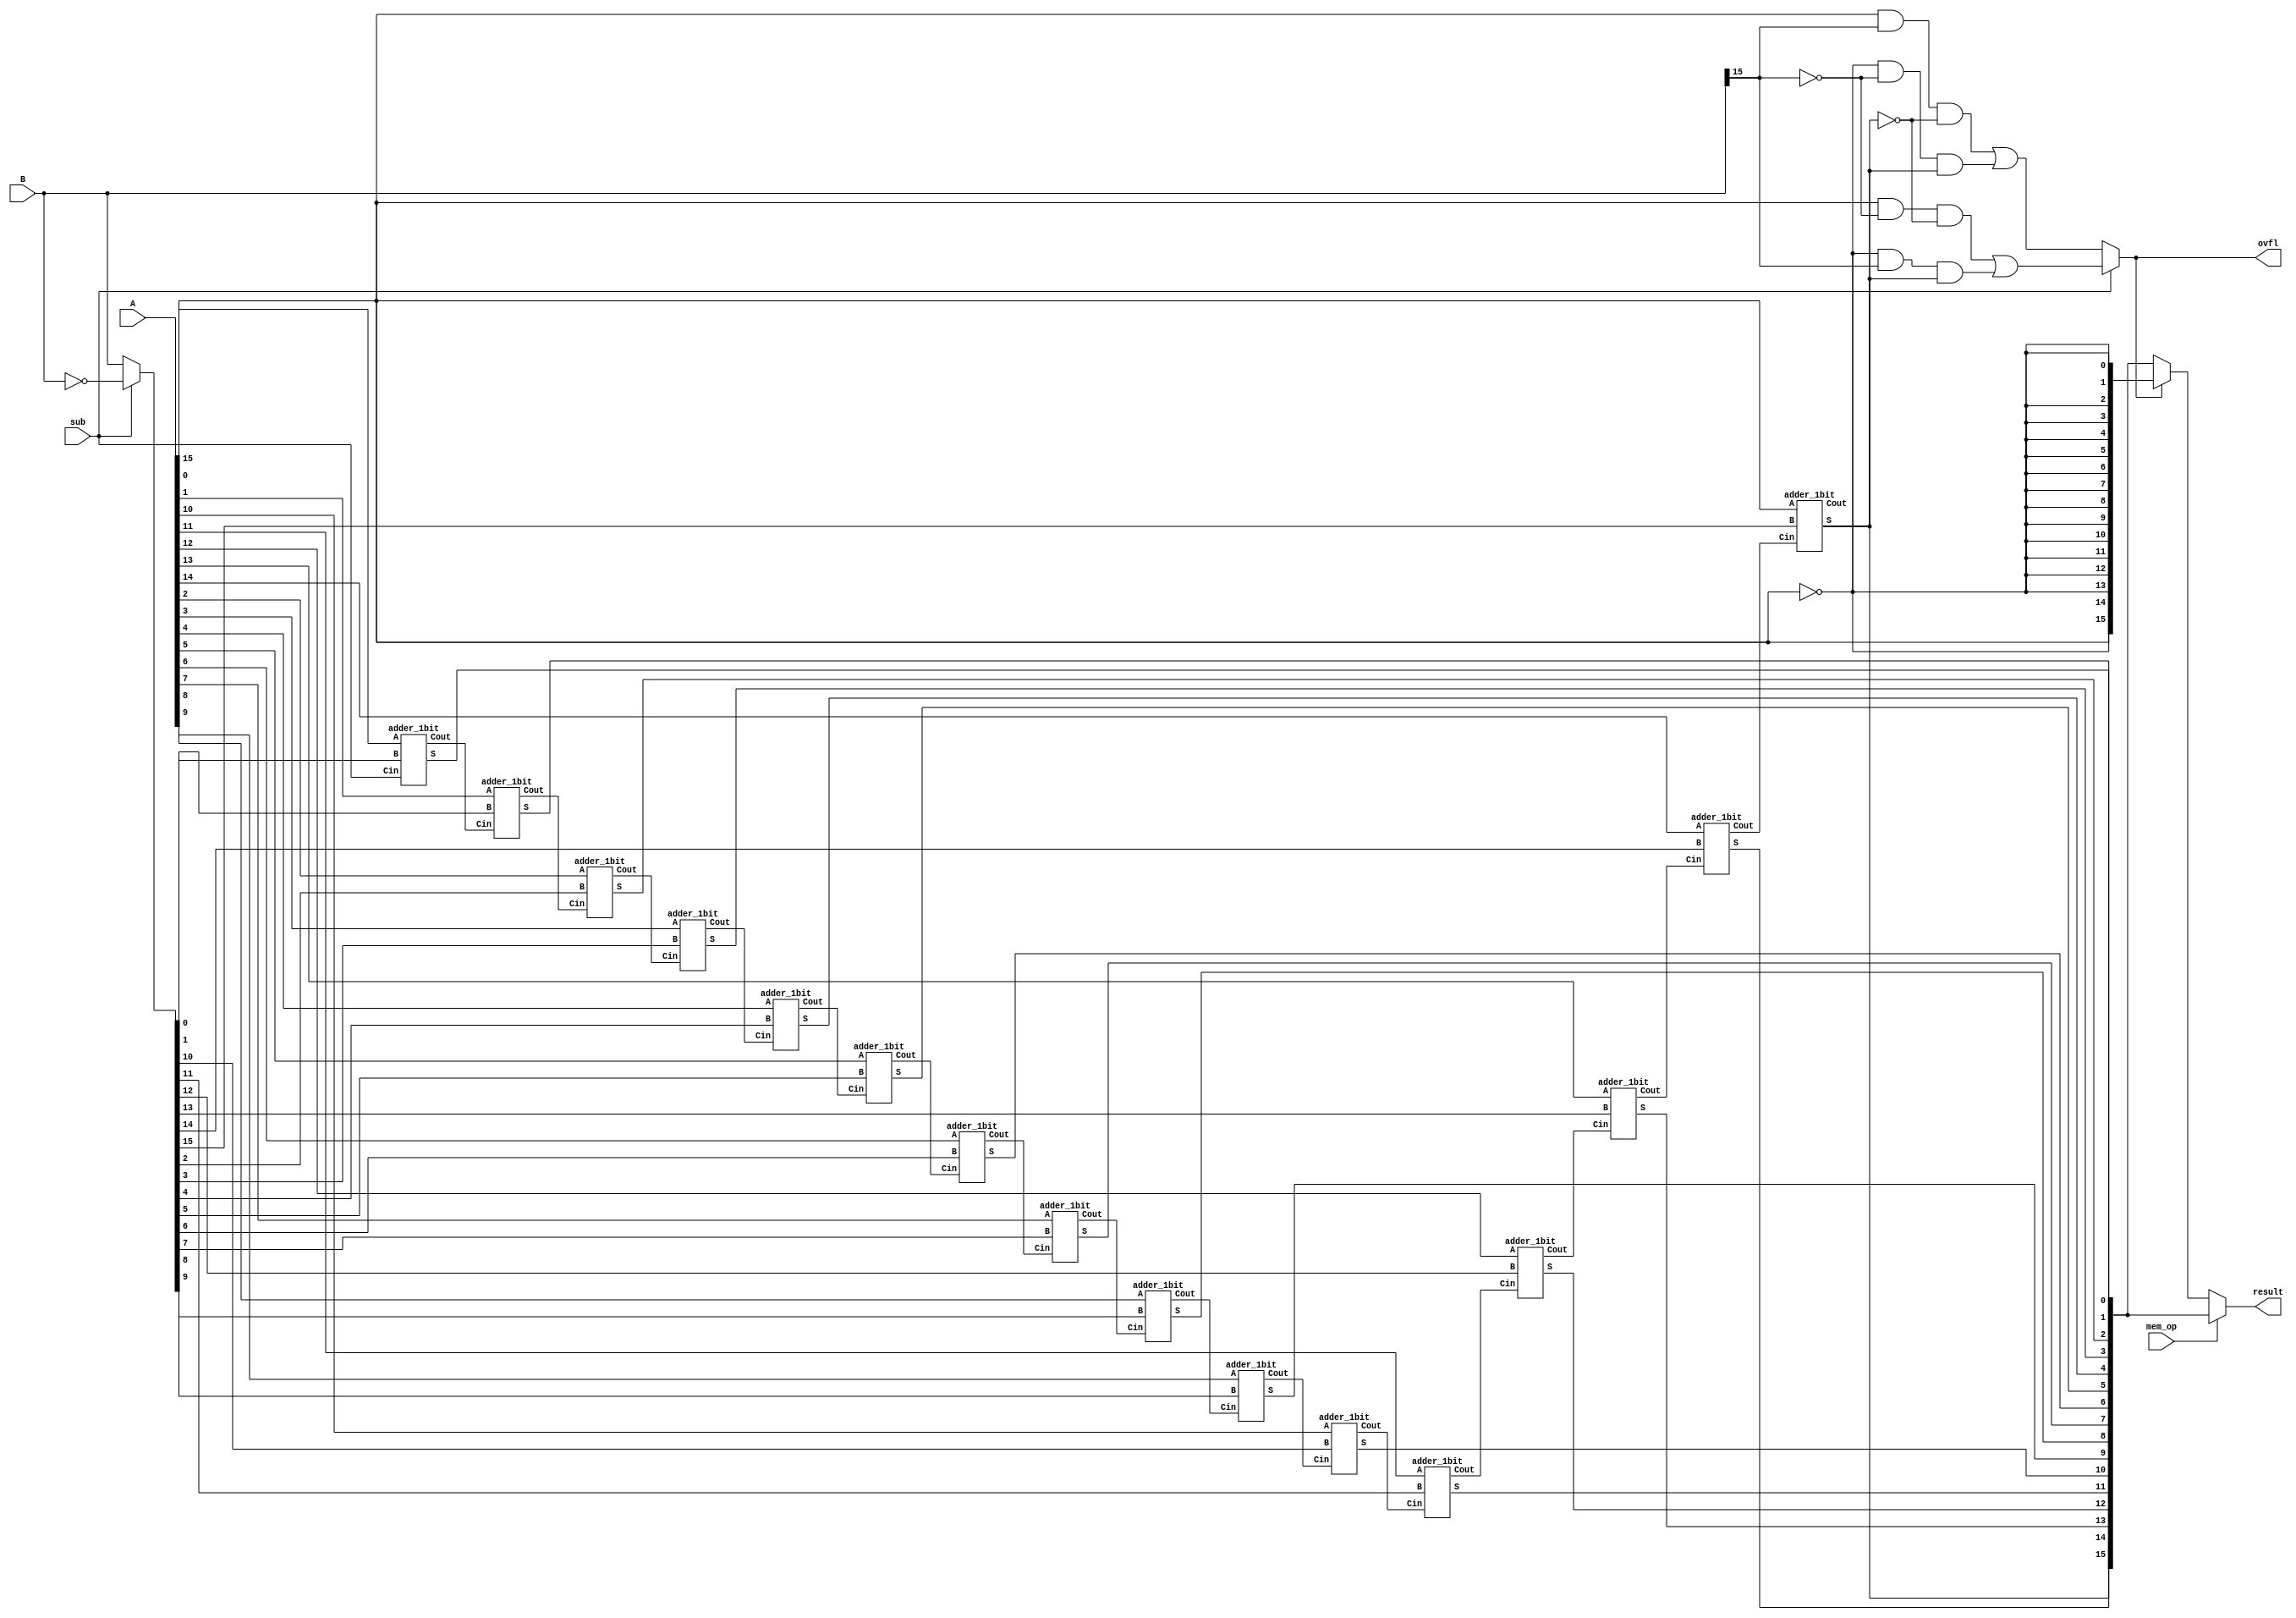
module add_sub16b(input [15:0] A, B, input sub, mem_op, output [15:0] result, output ovfl); 
	wire [15:0] B_bits, sat_result, C, sum;
	wire sat;
	// assign flip the B bits in case of subtraction
	assign B_bits = sub ? ~B: B;
	
	adder_1bit a0 (A[0], B_bits[0], sub, sum[0], C[1]);
	adder_1bit a1 (A[1], B_bits[1], C[1], sum[1], C[2]);
	adder_1bit a2 (A[2], B_bits[2], C[2], sum[2], C[3]);
	adder_1bit a3 (A[3], B_bits[3], C[3], sum[3], C[4]);
	adder_1bit a4 (A[4], B_bits[4], C[4], sum[4], C[5]);
	adder_1bit a5 (A[5], B_bits[5], C[5], sum[5], C[6]);
	adder_1bit a6 (A[6], B_bits[6], C[6], sum[6], C[7]);
	adder_1bit a7 (A[7], B_bits[7], C[7], sum[7], C[8]);
	adder_1bit a8 (A[8], B_bits[8], C[8], sum[8], C[9]);
	adder_1bit a9 (A[9], B_bits[9], C[9], sum[9], C[10]);
	adder_1bit a10 (A[10], B_bits[10], C[10], sum[10], C[11]);
	adder_1bit a11 (A[11], B_bits[11], C[11], sum[11], C[12]);
	adder_1bit a12 (A[12], B_bits[12], C[12], sum[12], C[13]);
	adder_1bit a13 (A[13], B_bits[13], C[13], sum[13], C[14]);
	adder_1bit a14 (A[14], B_bits[14], C[14], sum[14], C[15]);
	adder_1bit a15 (A[15], B_bits[15], C[15], sum[15], C[0]);

	assign add_ovfl = (A[15] & B[15] & ~sum[15]) | (~A[15] & ~B[15] & sum[15]);
	assign sub_ovfl = (A[15] & ~B[15] & ~sum[15]) | (~A[15] & B[15] & sum[15]);
	assign ovfl = sub ? sub_ovfl : add_ovfl;

	assign sat_result = ovfl ? {A[15], {15{~A[15]}}} : sum;
	assign result = (mem_op) ? sum : sat_result;	
endmodule

module adder_1bit(A, B, Cin, S, Cout);         

input A, B, Cin;

output S, Cout;


assign S = A ^ B ^ Cin;

assign Cout = (A & B) | (B & Cin) | (A & Cin);

endmodule


module add_sub16b_tb();
	reg [15:0] A, B;
	reg sub, mem_op;

	wire [15:0] result;
	wire ovfl;
	
	//instantiate uut
	add_sub16b uut(.A(A), .B(B), .sub(sub), .mem_op(mem_op), .result(result), .ovfl(ovfl));

	initial begin
		mem_op = 1'b0;
		A = 16'h0005;
		B = 16'h0008;
		sub = 1'b0;
		#20
		A = 16'h8000;
		B = 16'h8001;
		sub = 1'b0;
		#20
		A = 16'h7fff;
		B = 16'h8000;
		sub = 1'b1;
		#20;
		A = 16'h7000;
		B = 16'h7000;
		sub = 1'b0;


	end
/*	
	initial begin
		A = 16'h0000;
		B = 16'h0000;
		sub = 1'b0;

		repeat(10) begin
			#20
			A = $random;
			B = $random;
			sub = $random;
		end
	end
*/
endmodule